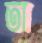
তা